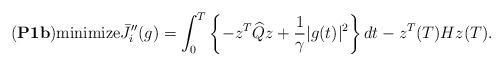
LaTeX: \begin{align*}({\bf P1b}){\rm minimize} \bar J_{i}''(g) = \int_0^T \left\{-z^T\widehat Q z +\frac{1}{\gamma} |g(t)|^2\right\} dt - z^T(T)Hz(T).\end{align*}